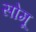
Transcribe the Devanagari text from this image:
सोमू